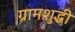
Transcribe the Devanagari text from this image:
ग्रामशुद्धी